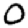
Digit: 0